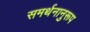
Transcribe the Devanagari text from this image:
समर्थनानुरूप